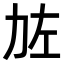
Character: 𠡃